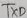
Text: TXD